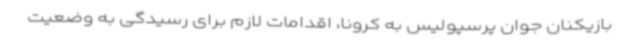
بازیکنان جوان پرسپولیس به کرونا، اقدامات لازم برای رسیدگی به وضعیت